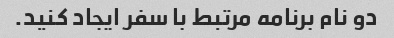
دو نام برنامه مرتبط با سفر ایجاد کنید.